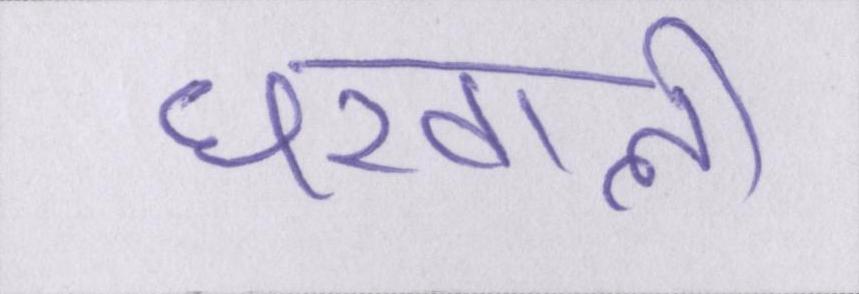
घरवाली